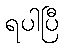
ရပါပြီ